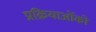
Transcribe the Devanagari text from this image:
प्रक्रियाओंको